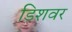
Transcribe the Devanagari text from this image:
डिशवर